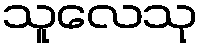
သူလေသု